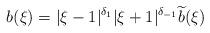
LaTeX: \begin{align*}b(\xi) = |\xi-1|^{\delta_1}|\xi+1|^{\delta_{-1}} \widetilde{b}(\xi)\end{align*}